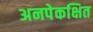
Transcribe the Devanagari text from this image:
अनपेकक्षित